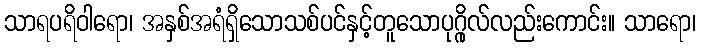
သာရပရိဝါရော၊ အနှစ်အရံရှိသောသစ်ပင်နှင့်တူသောပုဂ္ဂိုလ်လည်းကောင်း။ သာရော၊